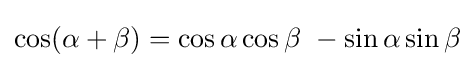
\cos(\alpha +\beta )=\cos \alpha \cos \beta \ -\sin \alpha \sin \beta